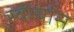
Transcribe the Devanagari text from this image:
स्वार्थास